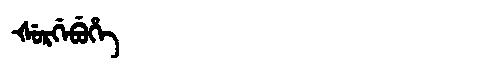
Manchu: ᡧᡠᡵᡤᡝᠪᡠᡥᡝ
Romanization: ŠURGEBUHE